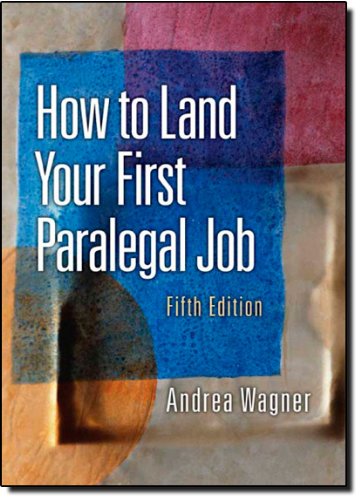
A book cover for How to Land Your First Paralegal Job (5th Edition); Andrea Wagner; Law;